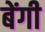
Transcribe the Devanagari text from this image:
बेंगी